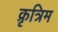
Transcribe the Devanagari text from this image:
क्रृत्रिम